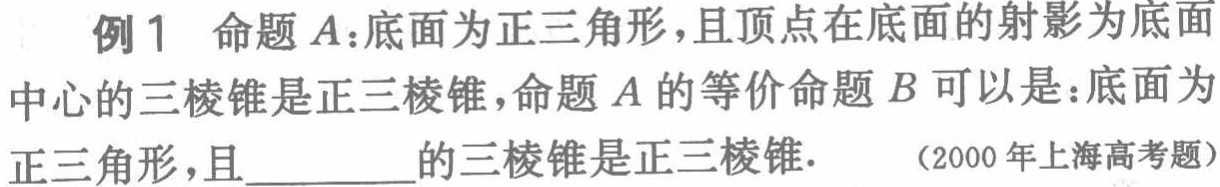
例1 命题$A$:底面为正三角形，且顶点在底面的射影为底面中心的三棱锥是正三棱锥，命题$A$的等价命题$B$可以是：底面为正三角形，且________的三棱锥是正三棱锥.  (2000年上海高考题)